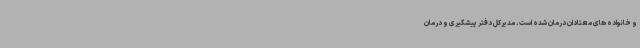
و خانواده های معتادان درمان شده است. مدیرکل دفتر پیشگیری و درمان